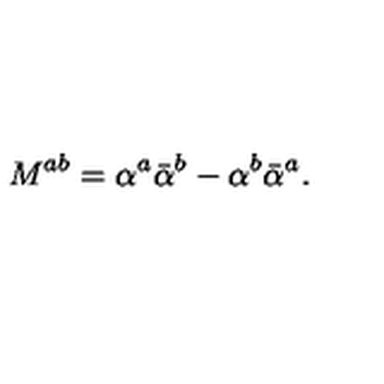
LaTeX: M ^ { a b } = \alpha ^ { a } \bar { \alpha } ^ { b } - \alpha ^ { b } \bar { \alpha } ^ { a } .